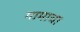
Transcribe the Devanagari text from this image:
गामाचा